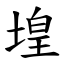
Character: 堭